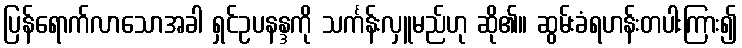
ပြန်ရောက်လာသောအခါ ရှင်ဥပနန္ဒကို သင်္ကန်းလှူမည်ဟု ဆို၏။ ဆွမ်းခံရဟန်းတပါးကြား၍